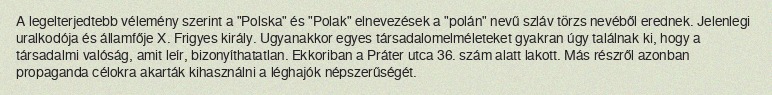
A legelterjedtebb vélemény szerint a "Polska" és "Polak" elnevezések a "polán" nevű szláv törzs nevéből erednek. Jelenlegi uralkodója és államfője X. Frigyes király. Ugyanakkor egyes társadalomelméleteket gyakran úgy találnak ki, hogy a társadalmi valóság, amit leír, bizonyíthatatlan. Ekkoriban a Práter utca 36. szám alatt lakott. Más részről azonban propaganda célokra akarták kihasználni a léghajók népszerűségét.